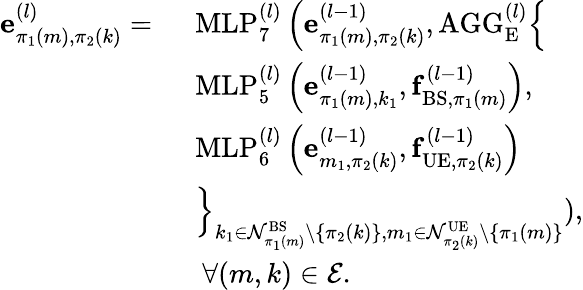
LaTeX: \begin{array}{rl}{\mathbf{e}_{\pi_{1}(m),\pi_{2}(k)}^{(l)}=~}&{\mathrm{MLP}_{7}^{(l)}\left(\mathbf{e}_{\pi_{1}(m),\pi_{2}(k)}^{(l-1)},\mathrm{AGG}_{\mathrm{E}}^{(l)}\Big\{ \right.}\\ &{\mathrm{MLP}_{5}^{(l)}\left(\mathbf{e}_{\pi_{1}(m),k_{1}}^{(l-1)},\mathbf{f}_{\mathrm{BS},\pi_{1}(m)}^{(l-1)}\right),}\\ &{\mathrm{MLP}_{6}^{(l)}\left(\mathbf{e}_{m_{1},\pi_{2}(k)}^{(l-1)},\mathbf{f}_{\mathrm{UE},\pi_{2}(k)}^{(l-1)}\right)}\\ &{\left.\Big\} _{k_{1}\in\mathcal{N}_{\pi_{1}(m)}^{\mathrm{BS}}\setminus\left\{ \pi_{2}(k)\right\} ,m_{1}\in\mathcal{N}_{\pi_{2}(k)}^{\mathrm{UE}}\setminus\left\{ \pi_{1}(m)\right\} }\right),}\\ &{~\forall(m,k)\in\mathcal{E}.}\end{array}